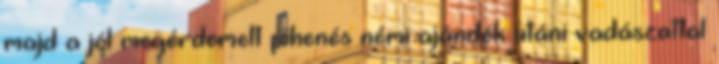
majd a jól megérdemelt pihenés némi ajándék utáni vadászattal